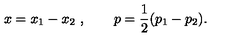
x = x _ { 1 } - x _ { 2 } \ , \qquad p = { \frac { 1 } { 2 } } ( p _ { 1 } - p _ { 2 } ) .